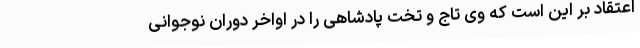
اعتقاد بر این است که وی تاج و تخت پادشاهی را در اواخر دوران نوجوانی